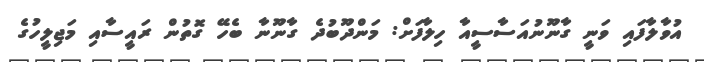
އުވާލާފައި ވަނީ ގާނޫނުއަސާސީއާ ހިލާފަށް: މަންދޫބުދެ ގާނޫނާ ބެހޭ ގޮތުން ރައީސާއި މަޖިލީހުގެ